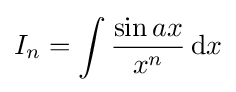
I_{n}=\int {\frac {\sin {ax}}{x^{n}}}\,{\text{d}}x\,\!